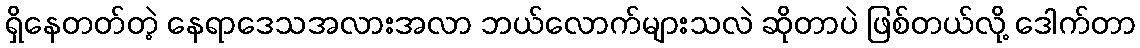
ရှိနေတတ်တဲ့ နေရာဒေသအလားအလာ ဘယ်လောက်များသလဲ ဆိုတာပဲ ဖြစ်တယ်လို့ ဒေါက်တာ